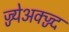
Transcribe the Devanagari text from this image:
ज्ज्येअक्ज्ज्द